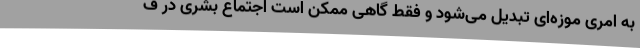
به امری موزه‌ای تبدیل می‌شود و فقط گاهی ممکن است اجتماع بشری در ف